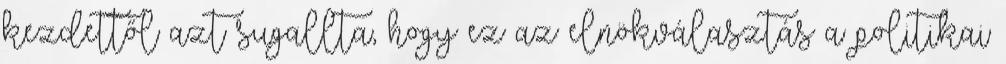
kezdettől azt sugallta, hogy ez az elnökválasztás a politikai